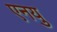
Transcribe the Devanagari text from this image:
एनयु